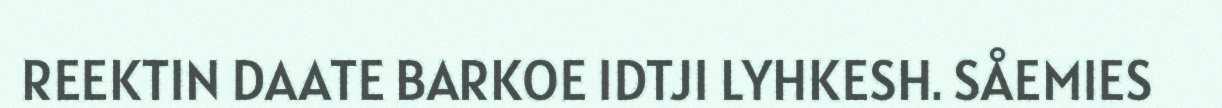
REEKTIN DAATE BARKOE IDTJI LYHKESH. SÅEMIES